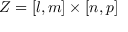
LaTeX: Z = [ l , m ] \times [ n , p ]